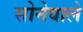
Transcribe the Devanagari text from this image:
सोनेवाले